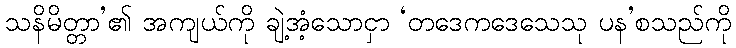
သနိမိတ္တာ’၏ အကျယ်ကို ချဲ့အံ့သောငှာ ‘တဒေကဒေသေသု ပန’စသည်ကို